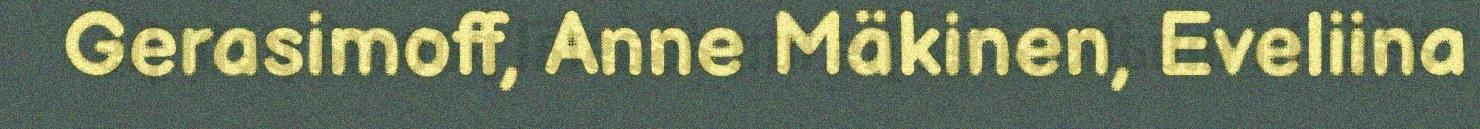
Gerasimoff, Anne Mäkinen, Eveliina